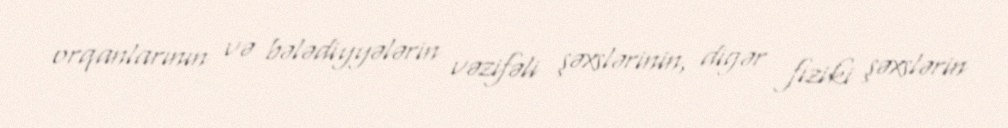
orqanlarının və bələdiyyələrin vəzifəli şəxslərinin, digər fiziki şəxslərin